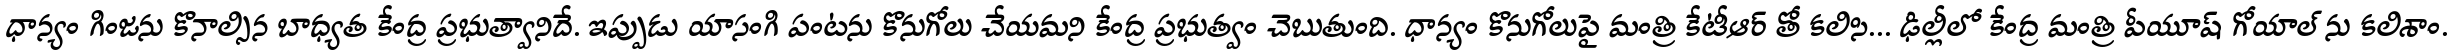
ధాన్యం గింజను కొనాల్సిన బాధ్యత కేంద్ర ప్రభుత్వానిదే. ఇప్పుడు యాసంగి పంటను కొనుగోలు చేయమని కేంద్ర ప్రభుత్వం చెబుతుంది. ధాన్యం కొనుగోలుపై మంత్రి కేటీఆర్ తో కలిసి... ఢిల్లీలో కేంద్ర మంత్రి పీయూష్ గోయాల్ ను కలిశాం.